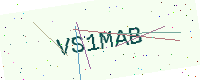
Text: VS1MAB